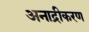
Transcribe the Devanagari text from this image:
अनाद्रीकरण